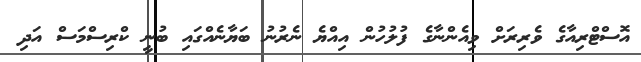
އޮސްޓްރިއާގެ ވެރިރަށް ވިއެންނާގެ ފުލުހުން އިއްޔެ ނެރުނު ބަޔާނެއްގައި ބުނީ ކްރިސްމަސް އަދި